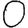
Digit: 0